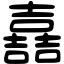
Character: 嚞